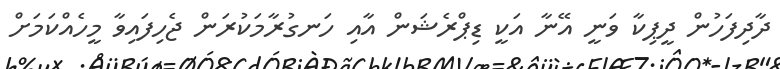
ދާދިފަހުން ދީޕިކާ ވަނީ އޭނާ އަކީ ޑިޕްރެޝަން އާއި ހަނގުރާމަކުރަން ޖެހިފައިވާ މީހެއްކަމަށް